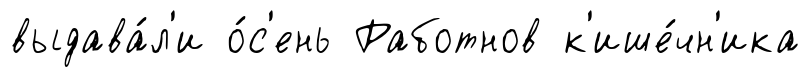
выдава́л'и о́с'ень Работнов к'ише́чн'ика